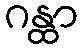
ဂန္ထာ